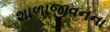
શાળાજીવનના